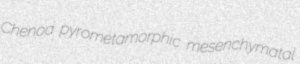
Chenoa pyrometamorphic mesenchymatal